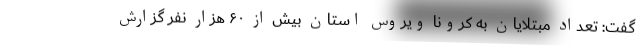
گفت: تعداد مبتلایان به کرونا ویروس استان بیش از ۶۰ هزار نفر گزارش